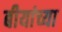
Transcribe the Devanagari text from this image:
बीयांच्या